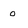
Character: 0